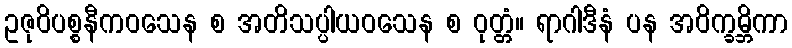
ဥဇုဝိပစ္စနီကဝသေန စ အတိသပ္ပါယဝသေန စ ဝုတ္တံ။ ရာဂါဒီနံ ပန အဝိက္ခမ္ဘိကာ